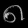
Digit: ၈